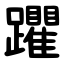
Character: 躣